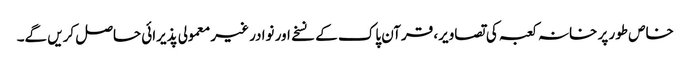
خاص طور پر خانہ کعبہ کی تصاویر، قرآن پاک کے نسخے اور نوادر غیر معمولی پذیرائی حاصل کریں گے۔